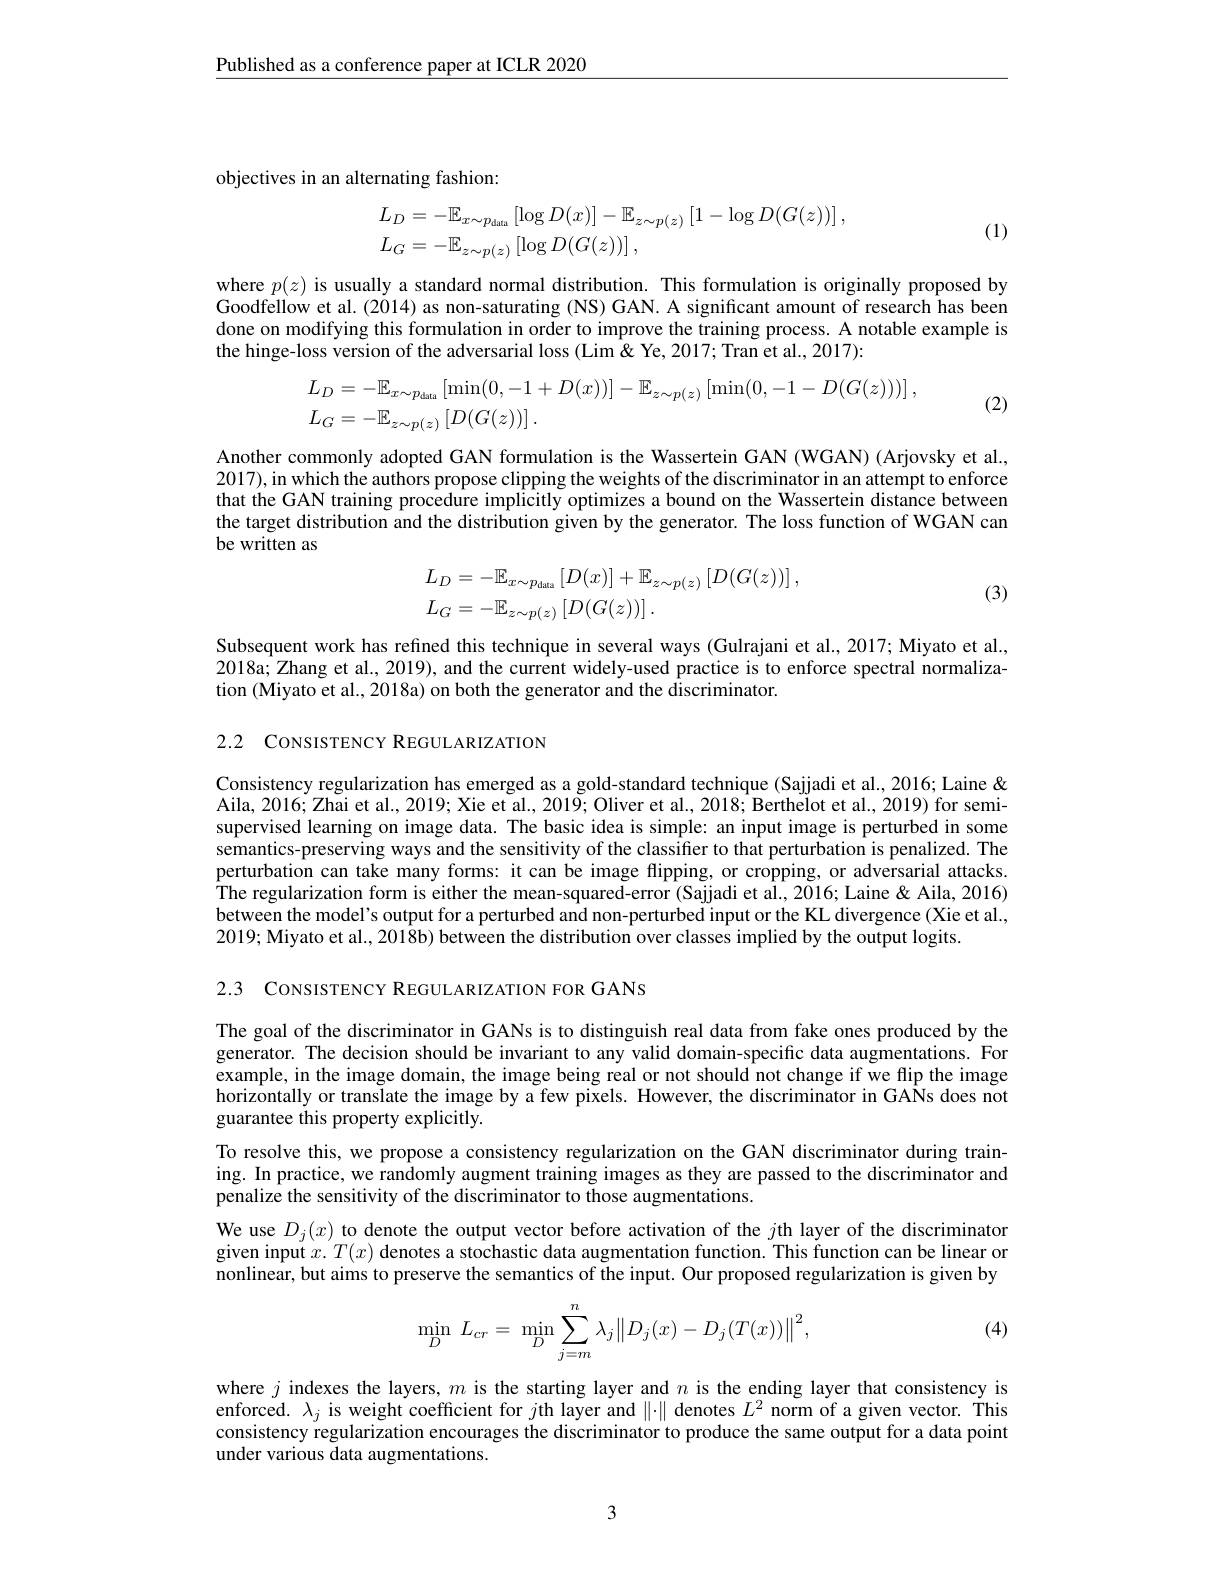
$\underline{\text{Published as a conference paper at ICLR 2020}}$

objectives in an alternating fashion:
$$\begin{aligned}L_{D}&=-\mathbb{E}_{x\sim p_{\mathrm{data}}}\left[\log D(x)\right]-\mathbb{E}_{z\sim p(z)}\left[1-\log D(G(z))\right],\\L_{G}&=-\mathbb{E}_{z\sim p(z)}\left[\log D(G(z))\right],\end{aligned}$$
(1)

where $p(z)$ is usually a standard normal distribution. This formulation is originally proposed by Goodfellow et al. (2014) as non-saturating (NS) GAN. A significant amount of research has been done on modifying this formulation in order to improve the training process. A notable example is the hinge-loss version of the adversarial loss (Lim&Ye,2017; Tran et al., 2017):
$$\begin{aligned}&L_{D}=-\mathbb{E}_{x\sim p_{\mathrm{data}}}\left[\min(0,-1+D(x))\right]-\mathbb{E}_{z\sim p(z)}\left[\min(0,-1-D(G(z)))\right],\\&L_{G}=-\mathbb{E}_{z\sim p(z)}\left[D(G(z))\right].\end{aligned}$$
(2)

Another commonly adopted GAN formulation is the Wassertein GAN (WGAN) (Arjovsky et al., 2017), in which the authors propose clipping the weights of the discriminator in an attempt to enforce that the GAN training procedure implicitly optimizes a bound on the Wassertein distance between the target distribution and the distribution given by the generator. The loss function of WGAN can be written as
$$\begin{aligned}&L_{D}=-\mathbb{E}_{x\sim p_{\mathrm{data}}}\left[D(x)\right]+\mathbb{E}_{z\sim p(z)}\left[D(G(z))\right],\\&L_{G}=-\mathbb{E}_{z\sim p(z)}\left[D(G(z))\right].\end{aligned}$$
(3)

Subsequent work has refined this technique in several ways (Gulrajani et al., 2017; Miyato et al., 2018a; Zhang et al., 2019), and the current widely-used practice is to enforce spectral normalization (Miyato et al., 2018a) on both the generator and the discriminator.

2.2 CONSISTENCY REGULARIZATION

Consistency regularization has emerged as a gold-standard technique (Sajjadi et al., 2016; Laine & Aila, 2016; Zhai et al., 2019; Xie et al., 2019; Oliver et al., 2018; Berthelot et al., 2019) for semisupervised learning on image data. The basic idea is simple: an input image is perturbed in some semantics-preserving ways and the sensitivity of the classifier to that perturbation is penalized. The perturbation can take many forms: it can be image flipping, or cropping, or adversarial attacks. The regularization form is either the mean-squared-error (Sajjadi et al., 2016; Laine & Aila, 2016) between the model's output for a perturbed and non-perturbed input or the KL divergence (Xie et al., 2019; Miyato et al., 2018b) between the distribution over classes implied by the output logits.

2.3 CONSISTENCY REGULARIZATION FOR GANS

The goal of the discriminator in GANs is to distinguish real data from fake ones produced by the generator. The decision should be invariant to any valid domain-specific data augmentations. For example, in the image domain, the image being real or not should not change if we flip the image horizontally or translate the image by a few pixels. However, the discriminator in GANs does not guarantee this property explicitly.

To resolve this, we propose a consistency regularization on the GAN discriminator during training. In practice, we randomly augment training images as they are passed to the discriminator and penalize the sensitivity of the discriminator to those augmentations.
We use $D_j(x)$ to denote the output vector before activation of the $j$th layer of the discriminator given input $x.T(x)$ denotes a stochastic data augmentation function. This function can be linear or nonlinear, but aims to preserve the semantics of the input. Our proposed regularization is given by
$$\min\limits_{D}\:L_{cr}=\:\min\limits_{D}\sum\limits_{j=m}^{n}\lambda_{j}\left\|D_{j}(x)-D_{j}(T(x))\right\|^{2},$$
(4)

where $j$ indexes the layers, $m$ is the starting layer and $n$ is the ending layer that consistency is enforced. $\lambda_j$ is weight coefficient for $j$th layer and $\|\cdot\|$ denotes $L^2$ norm of a given vector. This consistency regularization encourages the discriminator to produce the same output for a data point under various data augmentations.

3